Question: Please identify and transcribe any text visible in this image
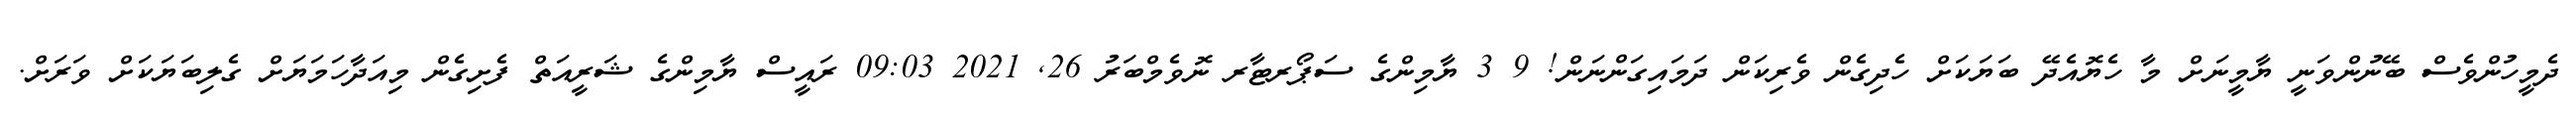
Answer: ދެމީހުންވެސް ބޭނުންވަނީ ޔާމީނަށް މާ ހެޔޮއެދޭ ބަޔަކަށް ހެދިގެން ވެރިކަން ދަމައިގަންނަން! 9 3 ޔާމިންގެ ސަޕޯރޓާރ ނޮވެމްބަރު 26, 2021 09:03 ރައީސް ޔާމިންގެ ޝަރީއަތް ފެށިގެން މިއަދާހަމަޔަށް ގެލިބަޔަކަށް ވަރަށް.